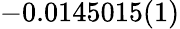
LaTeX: -0.0145015(1)